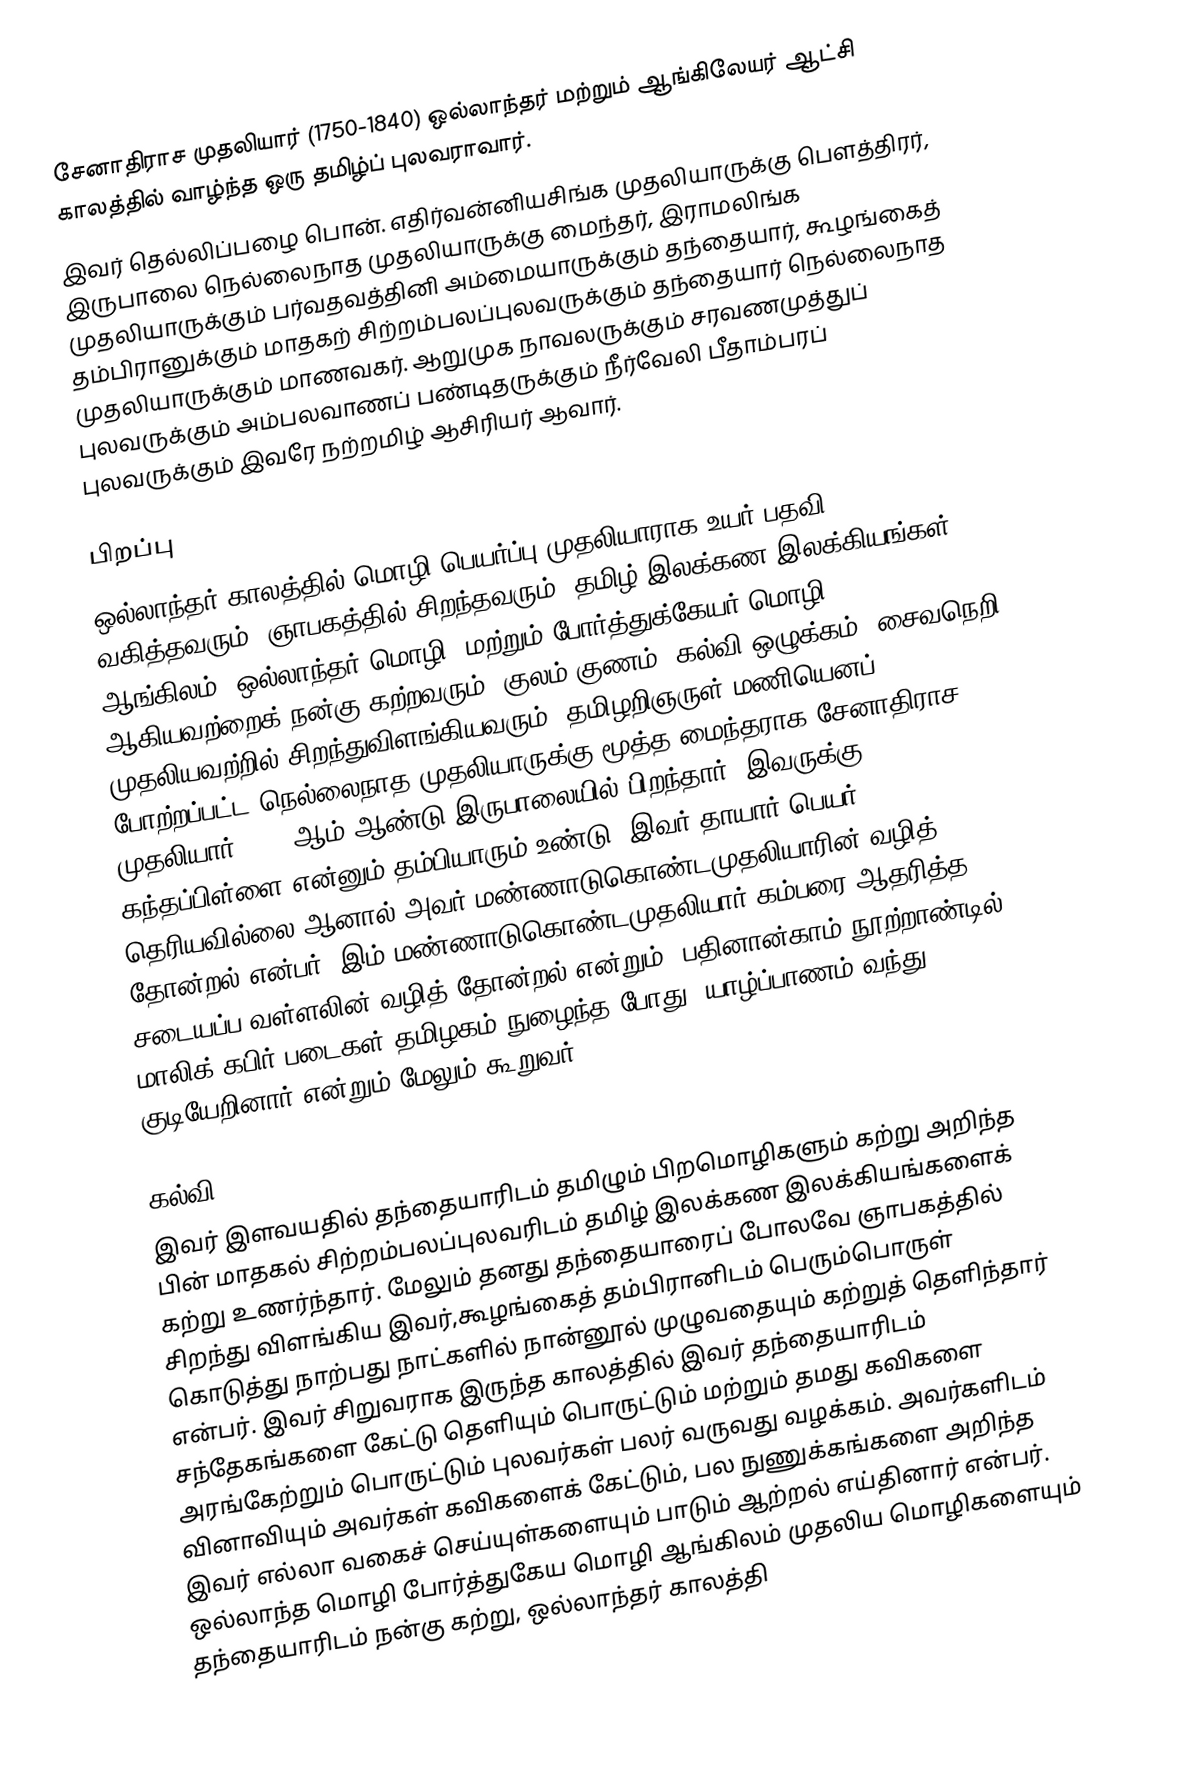
சேனாதிராச முதலியார் (1750-1840) ஒல்லாந்தர் மற்றும் ஆங்கிலேயர் ஆட்சி காலத்தில் வாழ்ந்த ஒரு தமிழ்ப் புலவராவார்.
இவர் தெல்லிப்பழை பொன். எதிர்வன்னியசிங்க முதலியாருக்கு பௌத்திரர், இருபாலை நெல்லைநாத முதலியாருக்கு மைந்தர், இராமலிங்க முதலியாருக்கும் பர்வதவத்தினி அம்மையாருக்கும் தந்தையார், கூழங்கைத் தம்பிரானுக்கும் மாதகற் சிற்றம்பலப்புலவருக்கும் தந்தையார் நெல்லைநாத முதலியாருக்கும் மாணவகர். ஆறுமுக நாவலருக்கும் சரவணமுத்துப் புலவருக்கும் அம்பலவாணப் பண்டிதருக்கும் நீர்வேலி பீதாம்பரப் புலவருக்கும் இவரே நற்றமிழ் ஆசிரியர் ஆவார்.

பிறப்பு
ஒல்லாந்தர் காலத்தில் மொழி பெயர்ப்பு முதலியாராக உயர் பதவி வகித்தவரும், ஞாபகத்தில் சிறந்தவரும், தமிழ் இலக்கண இலக்கியங்கள், ஆங்கிலம், ஒல்லாந்தர் மொழி, மற்றும் போர்த்துக்கேயர் மொழி ஆகியவற்றைக் நன்கு கற்றவரும், குலம்,குணம், கல்வி,ஒழுக்கம், சைவநெறி முதலியவற்றில் சிறந்துவிளங்கியவரும், தமிழறிஞருள் மணியெனப் போற்றப்பட்ட நெல்லைநாத முதலியாருக்கு மூத்த மைந்தராக சேனாதிராச முதலியார் 1750 ஆம் ஆண்டு இருபாலையில் பிறந்தார். இவருக்கு கந்தப்பிள்ளை என்னும் தம்பியாரும் உண்டு. இவர் தாயார் பெயர் தெரியவில்லை ஆனால் அவர் மண்ணாடுகொண்டமுதலியாரின் வழித் தோன்றல் என்பர். இம் மண்ணாடுகொண்டமுதலியார் கம்பரை ஆதரித்த சடையப்ப வள்ளலின் வழித் தோன்றல் என்றும், பதினான்காம் நூற்றாண்டில் மாலிக் கபிர் படைகள் தமிழகம் நுழைந்த போது, யாழ்ப்பாணம் வந்து குடியேறினார் என்றும் மேலும் கூறுவர்

கல்வி
இவர் இளவயதில் தந்தையாரிடம் தமிழும் பிறமொழிகளும் கற்று அறிந்த பின் மாதகல் சிற்றம்பலப்புலவரிடம் தமிழ் இலக்கண இலக்கியங்களைக் கற்று உணர்ந்தார். மேலும் தனது தந்தையாரைப் போலவே ஞாபகத்தில் சிறந்து விளங்கிய இவர்,கூழங்கைத் தம்பிரானிடம் பெரும்பொருள் கொடுத்து நாற்பது நாட்களில் நான்னூல் முழுவதையும் கற்றுத் தெளிந்தார் என்பர். இவர் சிறுவராக இருந்த காலத்தில் இவர் தந்தையாரிடம் சந்தேகங்களை கேட்டு தெளியும் பொருட்டும் மற்றும் தமது கவிகளை அரங்கேற்றும் பொருட்டும் புலவர்கள் பலர் வருவது வழக்கம். அவர்களிடம் வினாவியும் அவர்கள் கவிகளைக் கேட்டும், பல நுணுக்கங்களை அறிந்த இவர் எல்லா வகைச் செய்யுள்களையும் பாடும் ஆற்றல் எய்தினார் என்பர். ஒல்லாந்த மொழி போர்த்துகேய மொழி ஆங்கிலம் முதலிய மொழிகளையும் தந்தையாரிடம் நன்கு கற்று, ஒல்லாந்தர் காலத்தி